Civil Veterinary Dept. Assam report 1911-1927 - 1911-1927
Year: 1911
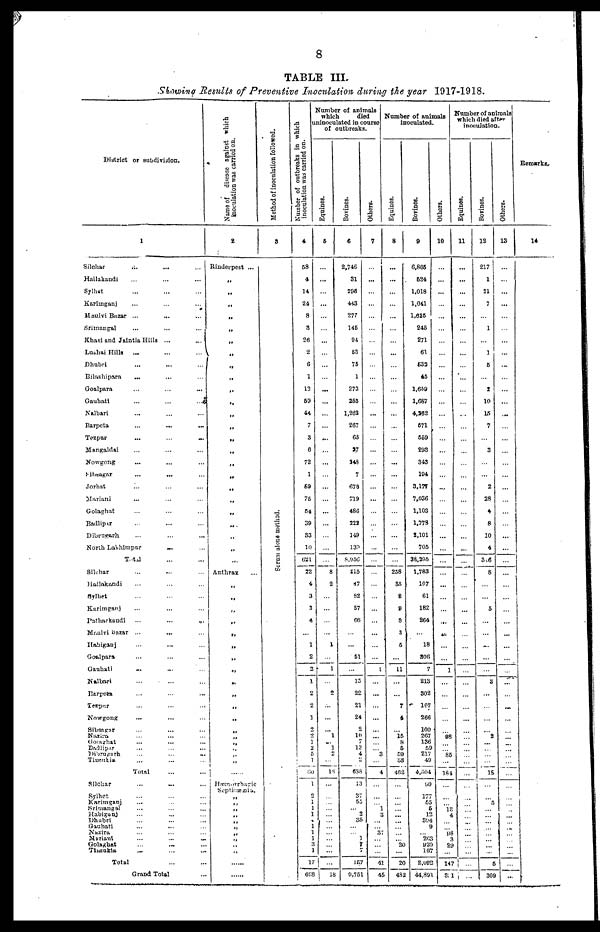
8
TABLE III.
showing Results of Preventive Inoculation during the year 1917-1918.
District or subdivision.
1
Silchar
... ... ...
Hailakandi ... ... ...
Sylhet ... ... ...
Karimganj ... ... ...
Maulvi Bazar ... ... ...
Srimangal ... ... ...
Khasi and Jaintia Hills ... ...
Lushai Hills
... ... ...
Dhubri ... ... ...
Bilashiparn ... ... ...
Goalpara
...
...
...
Gauhati ... ... ...
Nalbari ... ... ...
Barpeta
...
...
...
Tezpur ... ... ...
Mangaldai ... ... ...
Nowgong ... ... ...
sibsagar
...
... ...
Jorhat ... ... ...
Mariani ... ... ...
Golaghat ... ... ...
Badlipur ... ... ...
Dibrurarh ... ... ...
North
Lakhimpur ... ...
Total ...
Silchar ... ... ...
Hailakandi ... ... ...
Sylhet ... ... ...
Karimganj ... ... ...
Patharkandi
...
...
...
Maulvi bazar
... ... ...
Habiganj ... ... ...
Goalpara ... ... ...
Gauhati
... ... ...
Nalbari ... ... ...
Barpeta ... ... ...
Tezapur ... ... ...
Nowganj ... ... ...
Sibsagar ... ... ...
Nazira ... ...
Gonghat ... ... ...
Badlipur ... ... ...
Dibrugorh
...
...
...
Tineutia ... ... ...
Total ... ...
Sllchar ... ... ...
Sylhet ... ... ...
Karimganj ... ... ...
Srimangal ... ... ...
Habiganj ... ... ...
Dhubri ... ... ...
Gauhati ... ... ...
Nazira ... ... ...
Mariani
...
...
...
Golaghat ... ... ...
Tlusakia ... ... ...
Total ... ...
Grand Total ...
Name of discase against which
inoculation was carried on.
2
Rinderpest ...
„
„
„
„
„
„
„
„
„
„
„
„
„
„
„
„
„
„
„
„
„
„
„
...
Anthrax ...
„
„
„
„
„
„
„
„
„
„
„
„
„
„
„
„
„
„
.....
Hæmorrhagic
Septicæmia
„
„
„
„
„
„
„
„
„
„
........
........
Method of inoculation followed.
3
Serum alone method.
Number of outbreaks in which
inoculation was carried on.
4
58
4
14
21
8
3
28
2
6
1
13
59
44
7
3
6
72
1
59
76
64
39
83
10
621
22
4
3
3
4
...
1
2
2
1
2
2
1
2
2
1
2
5
1
60
1
2
1
1
1
1 1
1
1
3
1
17
688
Number of animals
which
died
uninoculated
in c o u r s e of outbreaks.
Equines.
5
...
...
...
...
...
...
...
...
...
...
...
...
...
...
...
...
...
...
...
...
...
...
...
...
...
8
2
...
...
...
...
1
...
1
...
2
...
...
...
1
...
1
2.
...
18
...
... ...
...
...
... .........
... ...
...
... ...
...
18
Bovines.
6
2 ,746
31
298
443
277
146
94
53
75
1
273
265
1,262
267
63
17
345
7
678
719
486
222
149
139
8,956
815
47
82
57
66
...
...
51
...
13
22
21
24
2
10
7
13
4
2
638
13
37
55
... 2
35
...
... 1
7
7
157
9,751
Others.
7
...
...
...
...
...
...
...
...
...
...
...
...
...
...
...
...
...
...
...
...
...
...
...
...
...
...
...
...
...
...
...
...
...
1
...
...
...
...
...
...
...
...
3
...
4
...
...
... 1
3
... ... 37
...
...
...
41
45
Number of animals
inoculated.
Equines.
8
...
...
...
...
...
...
...
...
...
...
...
...
...
...
...
...
...
...
...
...
...
...
...
...
...
258
35
2
8
8
3
6
...
11
...
...
7
4
...
15
8
6
59
83
462
...
...
...
...
...
...
...
...
... 20
...
20
482
Bovines.
9
6.865
624
1.018
1,041
1,626
245
271
61
533
45
1,650
1,687
4,362
671
559
293
343
104
3,171
7,036
1,103
1,773
2,101
705
38,296
1,783
107
61
182
264
...
18
308
7
213
302
167
266
100
267
136
59
217
49
4,504
50
177
65
6
12
894
9
... 263
920
167
2,032
44,891
Others.
10
...
...
...
...
...
...
...
...
...
...
...
...
...
...
...
...
...
...
...
...
...
...
...
...
...
...
...
...
...
...
...
...
...
1
...
...
...
...
...
98
...
... 85
...
184
...
...
... 13
4
...
... 88
3
29
...
147
331
Equines.
11
...
...
...
...
...
...
...
...
...
...
...
...
...
...
...
...
...
...
...
...
...
...
...
...
...
...
...
...
...
...
...
...
...
...
...
...
...
...
...
...
...
...
...
...
...
...
...
...
...
...
...
...
...
...
...
...
...
...
Bovines.
12
217
1
21
7
...
1
...
1
5
...
2
10
15
7
...
3
...
...
2
28
4
8
10
4
316
8
...
...
5
...
...
...
...
...
3
...
...
...
...
2
...
...
...
...
18
...
5
...
...
...
...
...
...
...
...
5
309
Others.
13
...
...
...
...
...
...
...
...
...
...
...
...
...
...
...
...
...
...
...
...
...
...
...
...
...
...
...
...
...
...
...
...
...
...
...
...
...
...
...
...
...
...
...
...
...
...
...
...
...
...
... .....
...
...
...
...
...
...
Remarks,
14
1